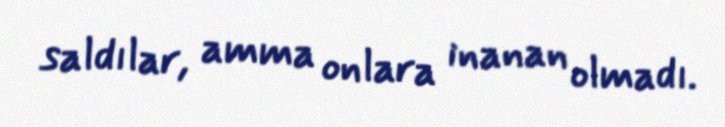
saldılar, amma onlara inanan olmadı.